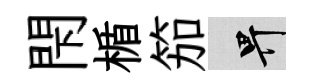
閇楯笳畀